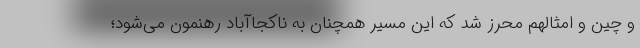
و چین و امثالهم محرز شد که این مسیر همچنان به ناکجاآباد رهنمون می‌شود؛